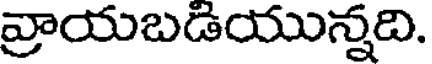
వ్రాయబడియున్నది.